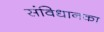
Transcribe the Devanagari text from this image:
संविधानका